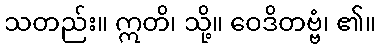
သတည်း။ ဣတိ၊ သို့။ ဝေဒိတဗ္ဗံ၊ ၏။